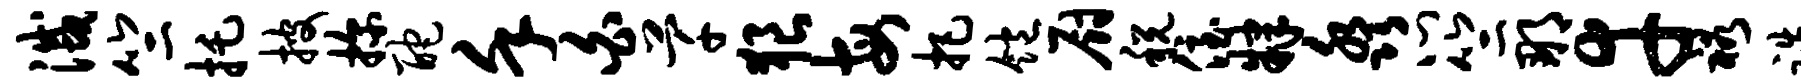
灭竺托披探酡堇白芊狼每把饱厨税侄肄淼心竺那幸裕跣